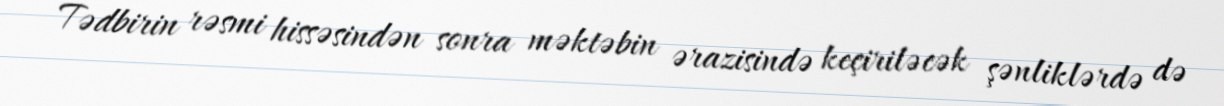
Tədbirin rəsmi hissəsindən sonra məktəbin ərazisində keçiriləcək şənliklərdə də